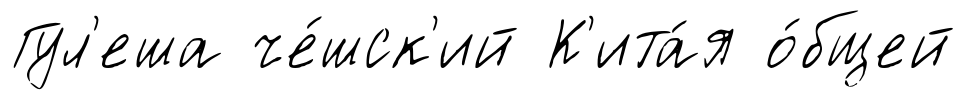
Гул'еша че́шск'ий К'ита́я о́бщей